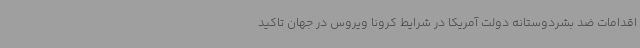
اقدامات ضد بشردوستانه دولت آمریکا در شرایط کرونا ویروس در جهان تاکید